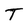
Character: T